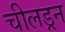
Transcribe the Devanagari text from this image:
चीलड्रन